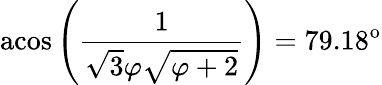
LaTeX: \mathrm{acos}\left(\frac{1}{\sqrt{3}\varphi\sqrt{\varphi+2}}\right)=79.18^{\mathrm{o}}